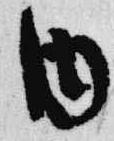
内